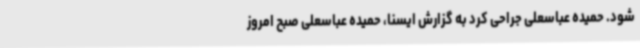
شود. حمیده عباسعلی جراحی کرد به گزارش ایسنا، حمیده عباسعلی صبح امروز